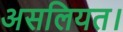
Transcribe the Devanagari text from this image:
असलियत।